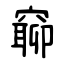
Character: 窷